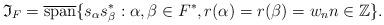
LaTeX: \begin{align*} \mathfrak I_F = \overline{\mathrm{span}} \{ s_\alpha s_\beta^\ast : \alpha, \beta\in F^\ast, r(\alpha) = r(\beta) = w_n n \in \mathbb Z \}. \end{align*}